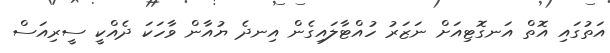
އަތުގައި އޮތް އަނގޮޓިއަށް ނަޒަރު ހުއްޓާލައިގެން އިނދެ ޔުއާން ވާހަކަ ދެއްކީ ސީރިއަސް